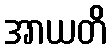
အာယတိ